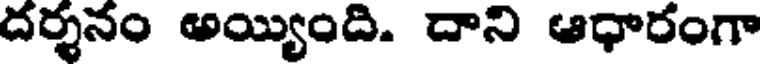
దర్శనం అయ్యింది. దాని ఆధారంగా